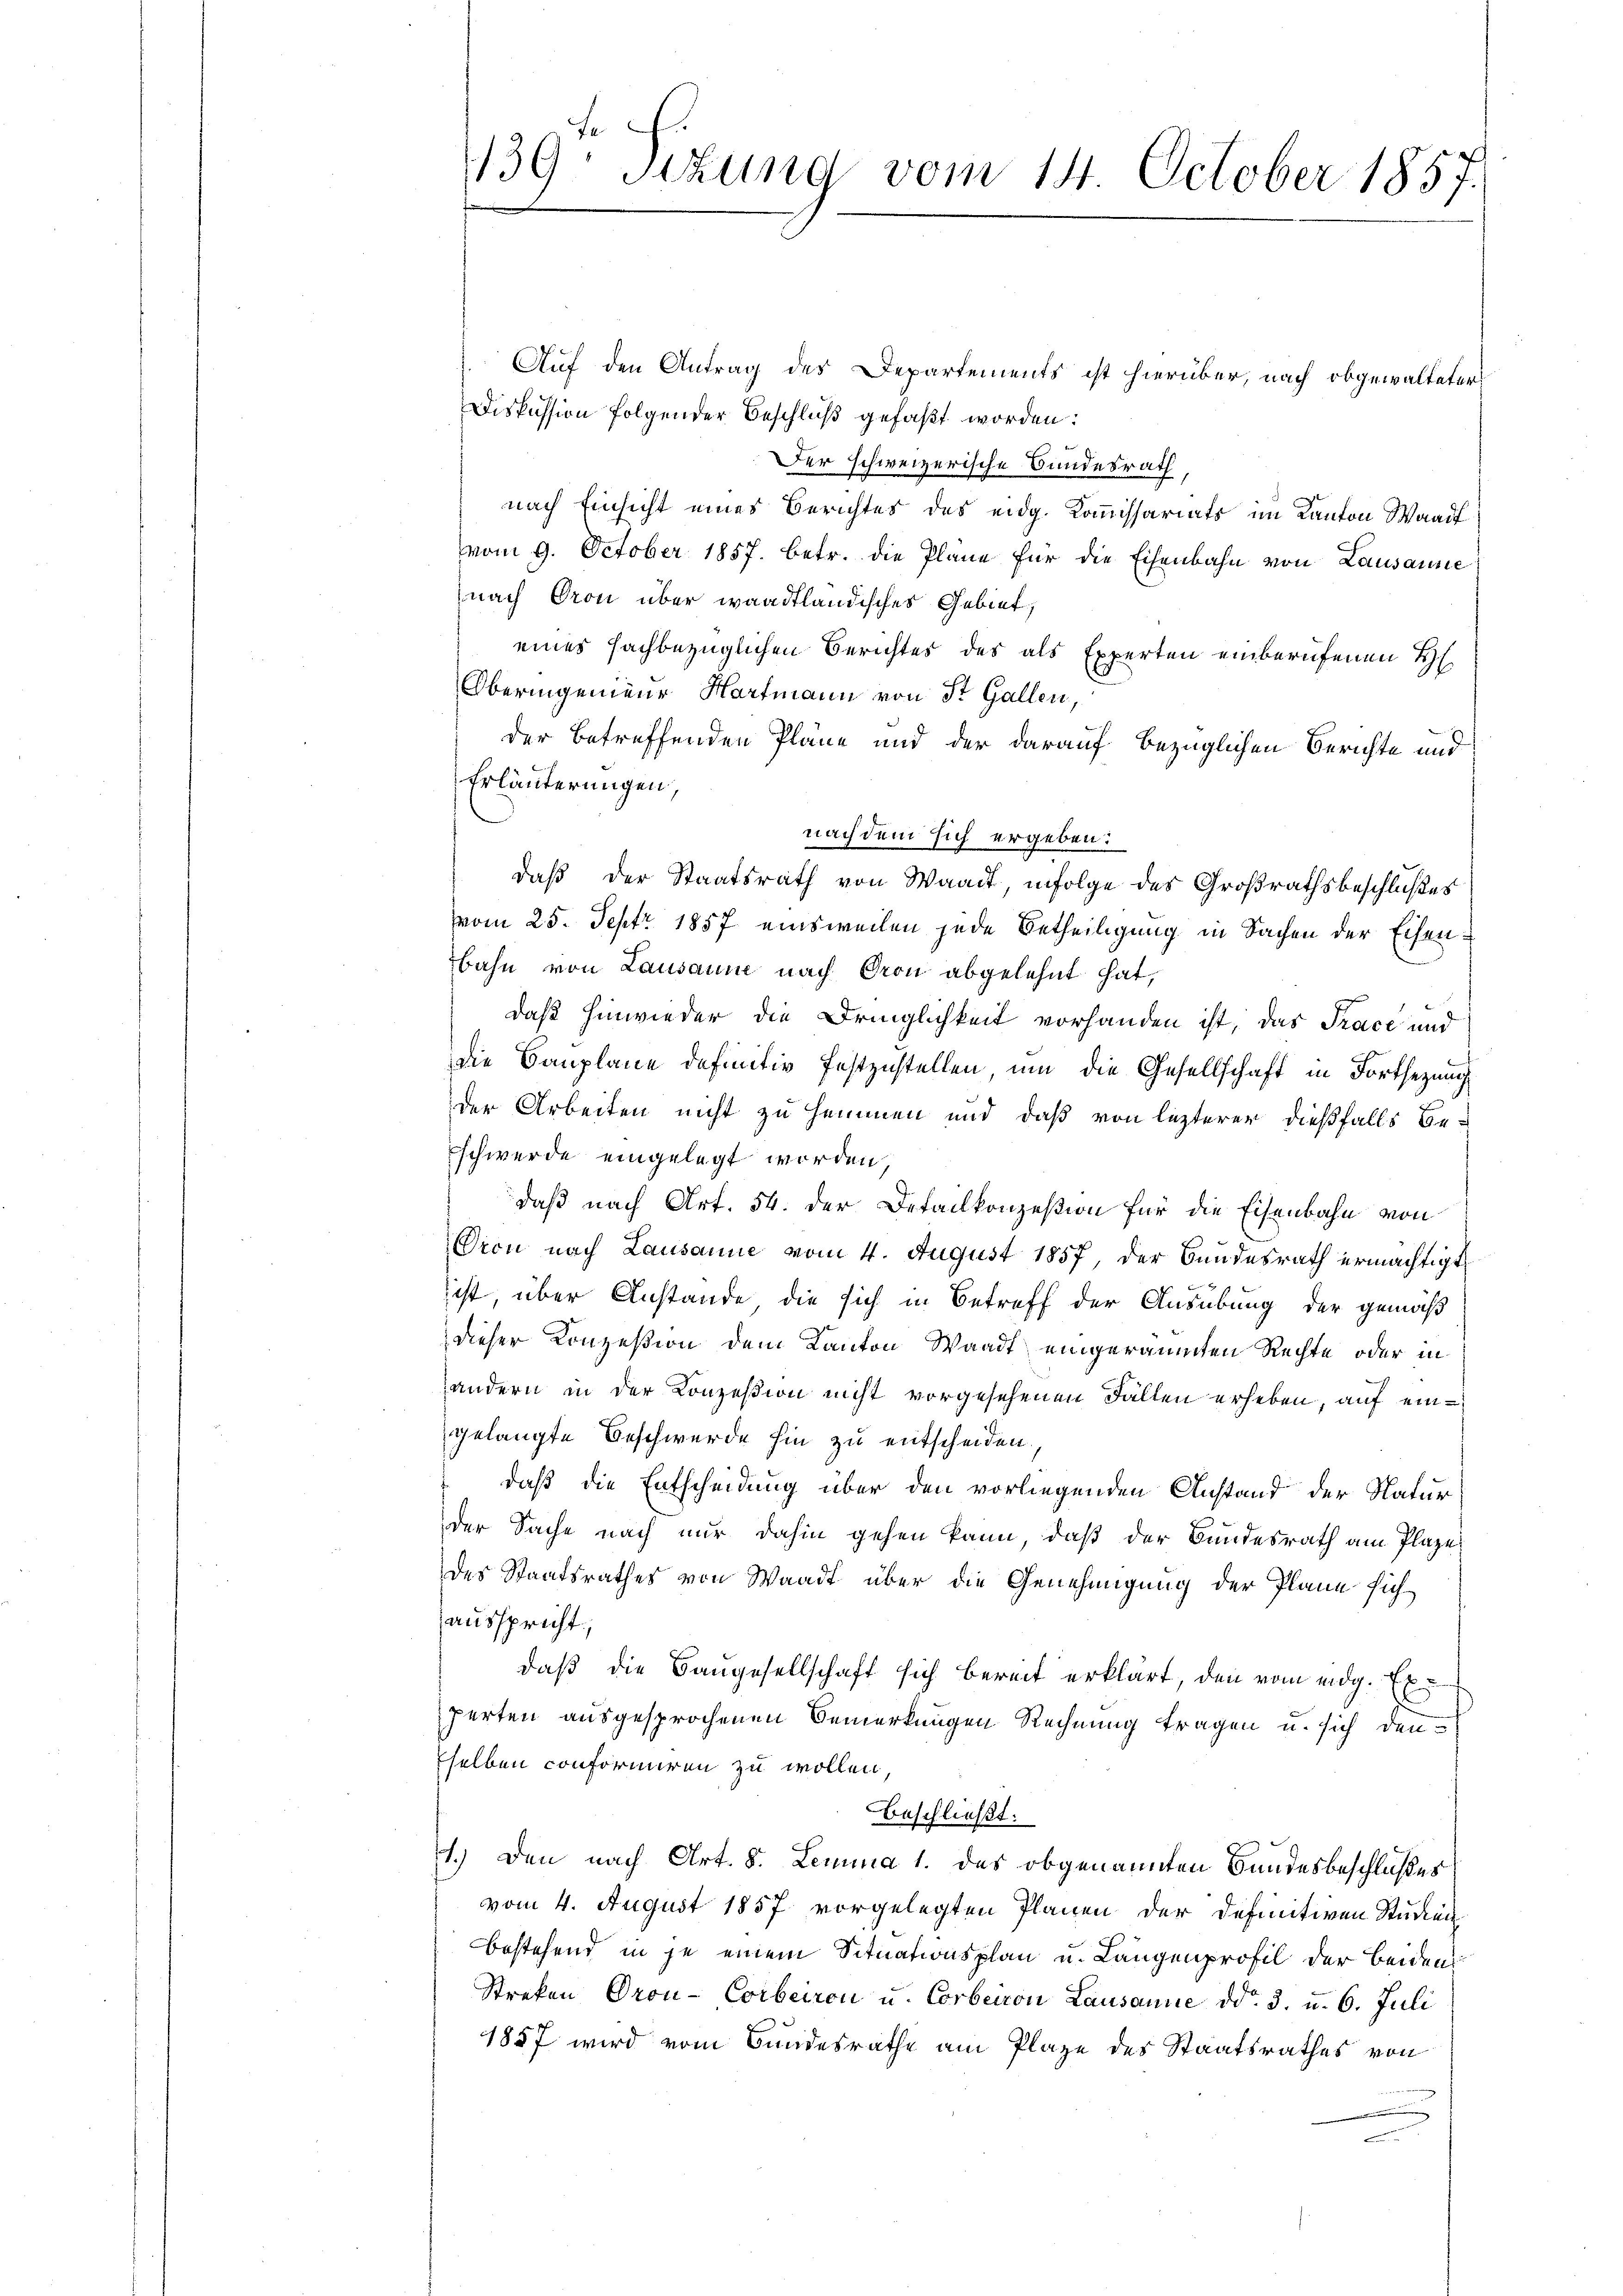
te F
139. Sitzung vom 14. October 1857.

Auf den Antrag des Departements ist hierüber, nach obgewalteter
Diskussion folgender Beschluß gefaßt worden:
Der schweizerische Bundesrath,
nach Einsicht eines Berichtes des eidg. Kommissariats im Kanton Waadt
vom 9. October 1857. betr. die Pläne für die Eisenbahn von Lausanne
nach Gron über waadtländisches Gebiet,
eines sachbezüglichen Berichtes des als Experten einberufenen H
Oberingenieur Hartmann von St. Gallen,
der betreffenden Pläne und der darauf bezüglichen Berichte und
Erläuterungen,
nach dem sich ergeben:
daß der Staatsrath von Waadt, infolge des Großrathsbeschlußes
vom 25. Sept 1857 einsweilen jede Betheiligung in Sachen der Eisenbahn von Lausanne nach Gron abgelehnt hat,
daß hinwieder die Dringlichkeit vorhanden ist, das Trace und
die Bauplane definitiv festzustellen, um die Gesellschaft in Fortsetzung
der Arbeiten nicht zu hemmen und daß von lezterer dießfalls be-
Eschwerde eingelegt worden,
daß nach Art. 54. der Detailkonzesion für die Eisenbahn von
Oron nach Lausanne vom 4. August 1857, der Bundesrath ermächtigt
ist, über Anstande, die sich in Betreff der Ausübung der gemäß
dieser Konzesion dem Kanton Waadt eingeräumten Rechte oder in
andern in der Konzesion nicht vorgesehenen Fällen erheben, auf eingelangte Beschwerde hin zu entscheiden.
daß die Entscheidung über den vorliegenden Anstand der Natur
der Sache nach nur dahin gehen kann, daß der Bundesrath am Plaze
des Staatsrathes von Waadt über die Genehmigung der Plane sich
ausspricht
daß die Bangesellschaft sich bereit erklärt, den vom eidg. Experten ausgesprochenen Bemerkungen Rechnung tragen u. sich denselben conformiren zu wollen,
beschließt:
1.) Den nach Art. 8. Lemma 1. des obgenannten Bandesbeschlußes
vom 4. August 1857 vorgelegten Planen der definitiven Studien
bestehend in je einem Situationsplan u. Langenprofil der beiden
Streken Oron-Corbeiren u. Corbeiron Lausanne ddo. 3. u. 6. Juli
1857 wird vom Bundesrathe am Plaze des Staatsrathes von